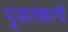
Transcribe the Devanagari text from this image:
पुसतकाचे